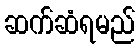
ဆက်ဆံရမည်